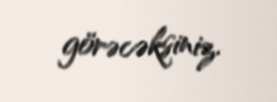
görəcəksiniz.